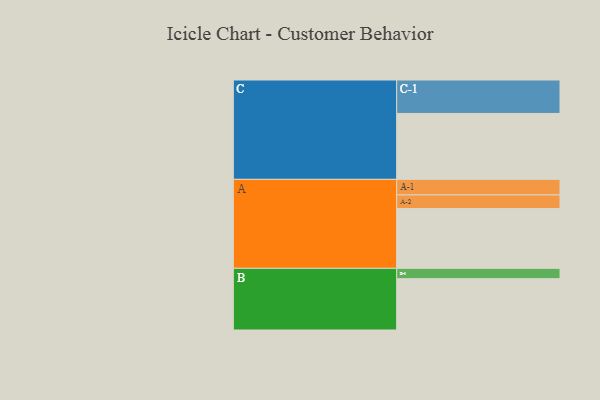
{"axis": {"x": "Segment", "y": "Value"}, "legend": ["", "A", "B", "C"], "data": [{"x": "A", "y": 479, "type": ""}, {"x": "B", "y": 411, "type": ""}, {"x": "C", "y": 528, "type": ""}, {"x": "A-1", "y": 125, "type": "A"}, {"x": "A-2", "y": 109, "type": "A"}, {"x": "B-1", "y": 83, "type": "B"}, {"x": "C-1", "y": 268, "type": "C"}]}